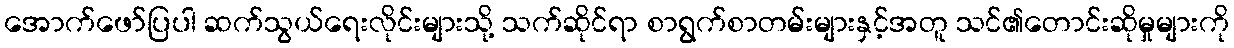
အောက်ဖော်ပြပါ ဆက်သွယ်ရေးလိုင်းများသို့ သက်ဆိုင်ရာ စာရွက်စာတမ်းများနှင့်အတူ သင်၏တောင်းဆိုမှုများကို